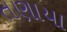
તણાયા